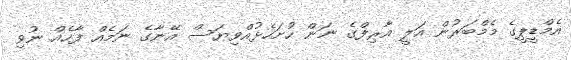
އެމްޑީޕީގެ މެމްބަރުން އަލީ އާރިފްގެ ނަން ހުށަހެޅުއްވިޔަސް އޭނާގެ ނަމެއް ފާހެއް ނުވި